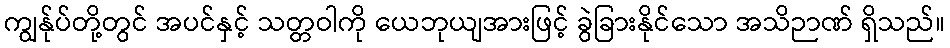
ကျွန်ုပ်တို့တွင် အပင်နှင့် သတ္တဝါကို ယေဘုယျအားဖြင့် ခွဲခြားနိုင်သော အသိဉာဏ် ရှိသည်။